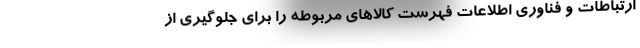
ارتباطات و فناوری اطلاعات فهرست کالاهای مربوطه را برای جلوگیری از